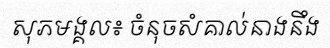
សុភមង្គល៖ ចំនុចសំគាល់នាងនឹង